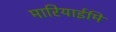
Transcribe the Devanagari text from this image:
मारियाईमि